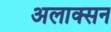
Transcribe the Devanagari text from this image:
अलाक्सन